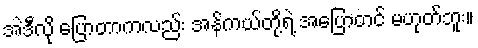
အဲဒီလို ပြောတာကလည်း အန်ကယ်တို့ရဲ့ အပြောတင် မဟုတ်ဘူး။